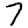
Digit: 7